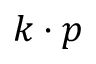
k \cdot p